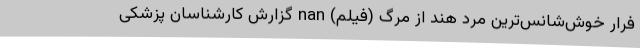
فرار خوش‌شانس‌ترین مرد هند از مرگ (فیلم) nan گزارش کارشناسان پزشکی